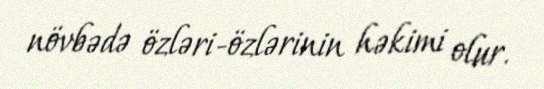
növbədə özləri-özlərinin həkimi olur.